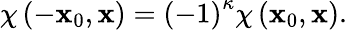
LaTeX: \chi\left(-\mathbf{x}_{0},\mathbf{{\mathbf{x}}}\right)=\left(-1\right)^{\kappa}\chi\left(\mathbf{x}_{0},\mathbf{{\mathbf{x}}}\right).